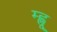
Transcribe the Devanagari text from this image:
म्ह्णू